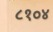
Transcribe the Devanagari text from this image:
८१०४